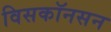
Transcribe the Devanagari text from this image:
विसकॉनसन